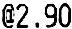
@2.90